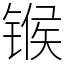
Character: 𬭤